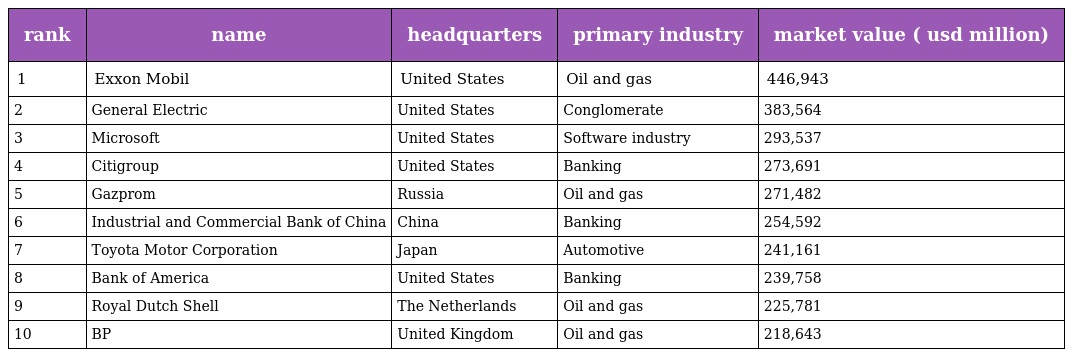
| rank | name | headquarters | primary industry | market value ( usd million) |
 | --- | --- | --- | --- | --- |
 | 1 | Exxon Mobil | United States | Oil and gas | 446,943 |
 | 2 | General Electric | United States | Conglomerate | 383,564 |
 | 3 | Microsoft | United States | Software industry | 293,537 |
 | 4 | Citigroup | United States | Banking | 273,691 |
 | 5 | Gazprom | Russia | Oil and gas | 271,482 |
 | 6 | Industrial and Commercial Bank of China | China | Banking | 254,592 |
 | 7 | Toyota Motor Corporation | Japan | Automotive | 241,161 |
 | 8 | Bank of America | United States | Banking | 239,758 |
 | 9 | Royal Dutch Shell | The Netherlands | Oil and gas | 225,781 |
 | 10 | BP | United Kingdom | Oil and gas | 218,643 |